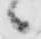
候